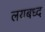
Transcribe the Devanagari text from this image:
लयबध्द